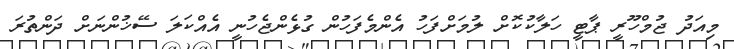
މިއަދު ޖުމްހޫރީ ޕާޓީ ހަލާކުކޮށް ލުމަށްފަހު އެންމެފަހުން ގުޅެންޖެހުނީ އެއްކަލަ ސޭޚުންނަށް ދަންތުރަ